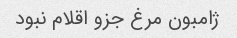
ژامبون مرغ جزو اقلام نبود